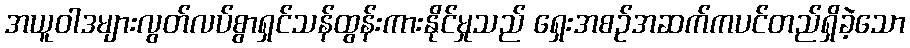
အယူဝါဒများလွတ်လပ်စွာရှင်သန်ထွန်းကားနိုင်မှုသည် ရှေးအစဉ်အဆက်ကပင်တည်ရှိခဲ့သော